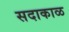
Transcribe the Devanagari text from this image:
सदाकाळ